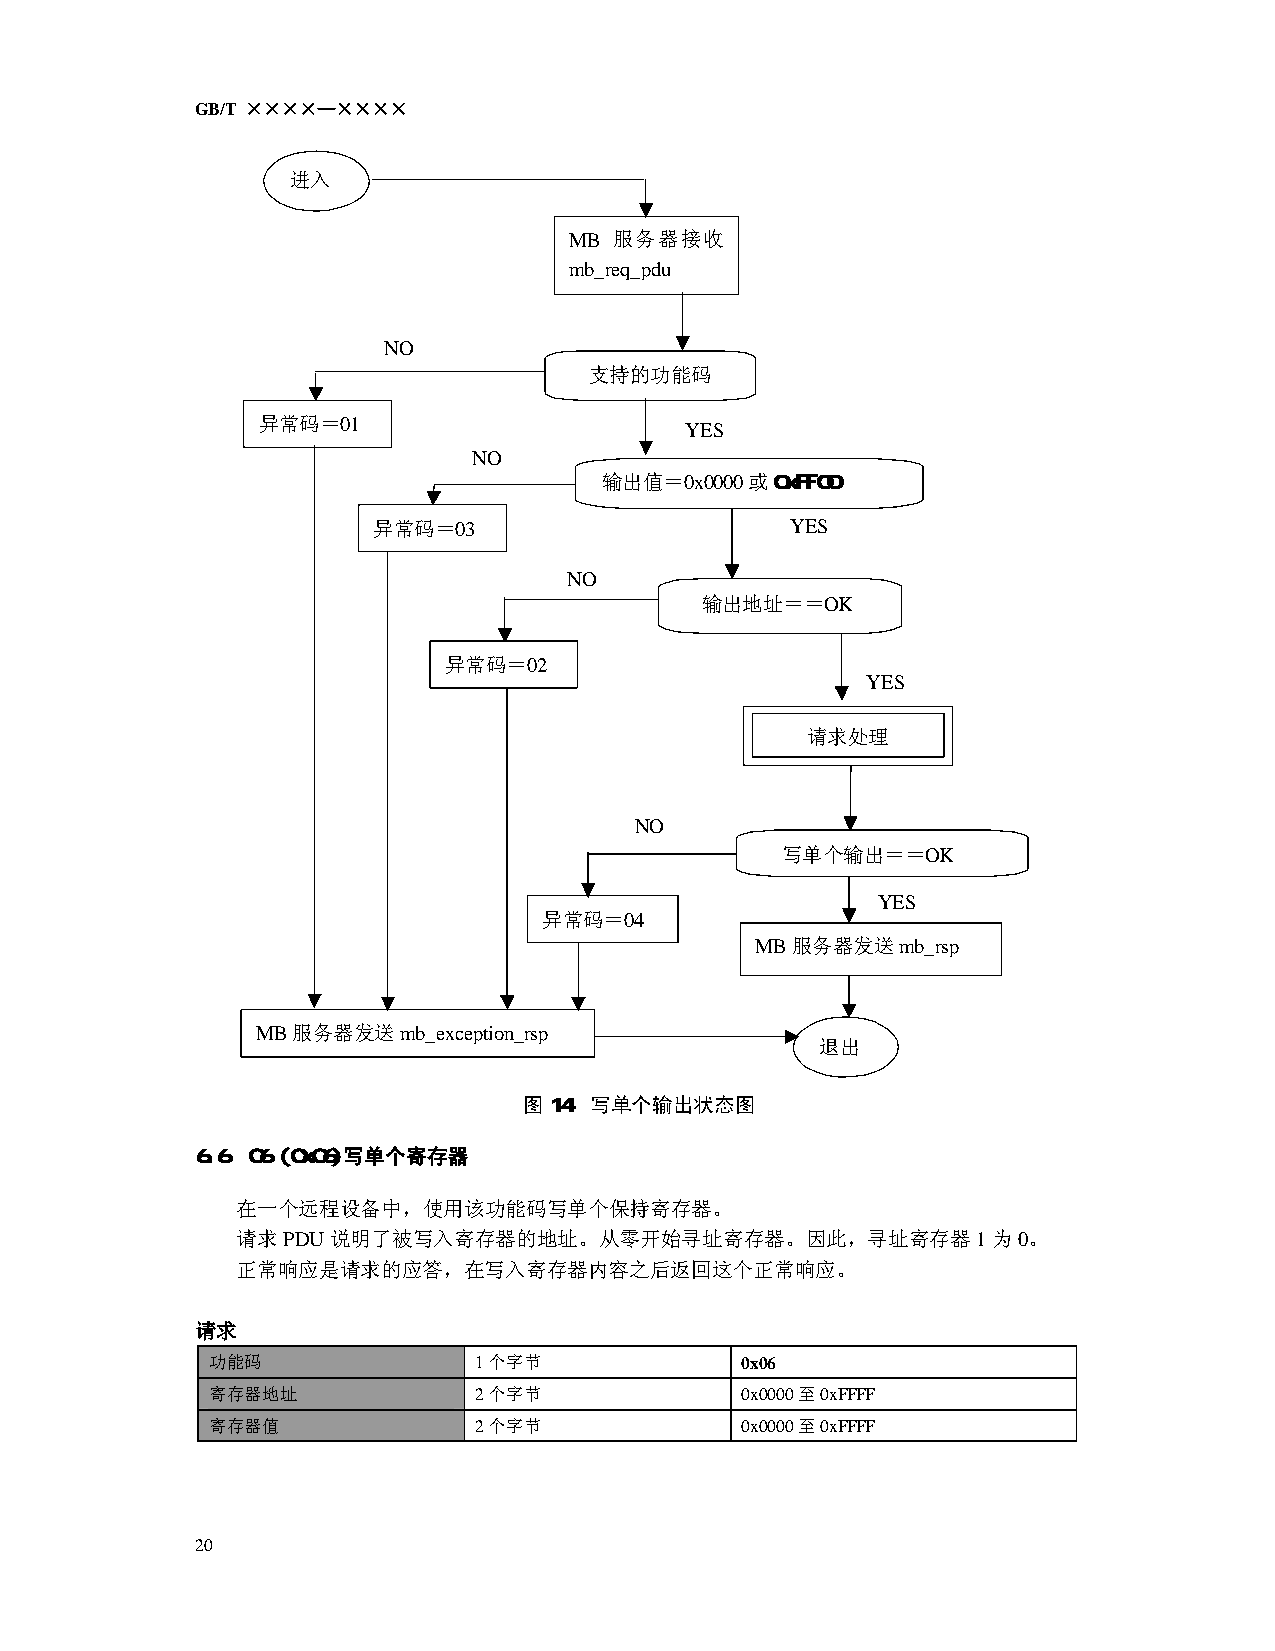
GB/T ××××—××××
 进入
 MB 服务器接收
 mb_req_pdu
 NO
 支持的功能码
 异常码＝01
 YES
 NO
 输出值＝0x0000或0xFF00
 异常码＝03                     YES
 NO
 输出地址＝＝OK
 异常码＝02
 YES
 请求处理
 NO
 写单个输出＝＝OK
 YES
 异常码＝04
 MB服务器发送mb_rsp
 MB服务器发送mb_exception_rsp
 退出
 图14：写单个输出状态图
 6.6 06 (0x06)写单个寄存器
 在一个远程设备中，使用该功能码写单个保持寄存器。
 请求PDU说明了被写入寄存器的地址。从零开始寻址寄存器。因此，寻址寄存器1为0。
 正常响应是请求的应答，在写入寄存器内容之后返回这个正常响应。
 请求
 功能码              1个字节              0x06
 寄存器地址            2个字节              0x0000至0xFFFF
 寄存器值             2个字节              0x0000至0xFFFF
 20